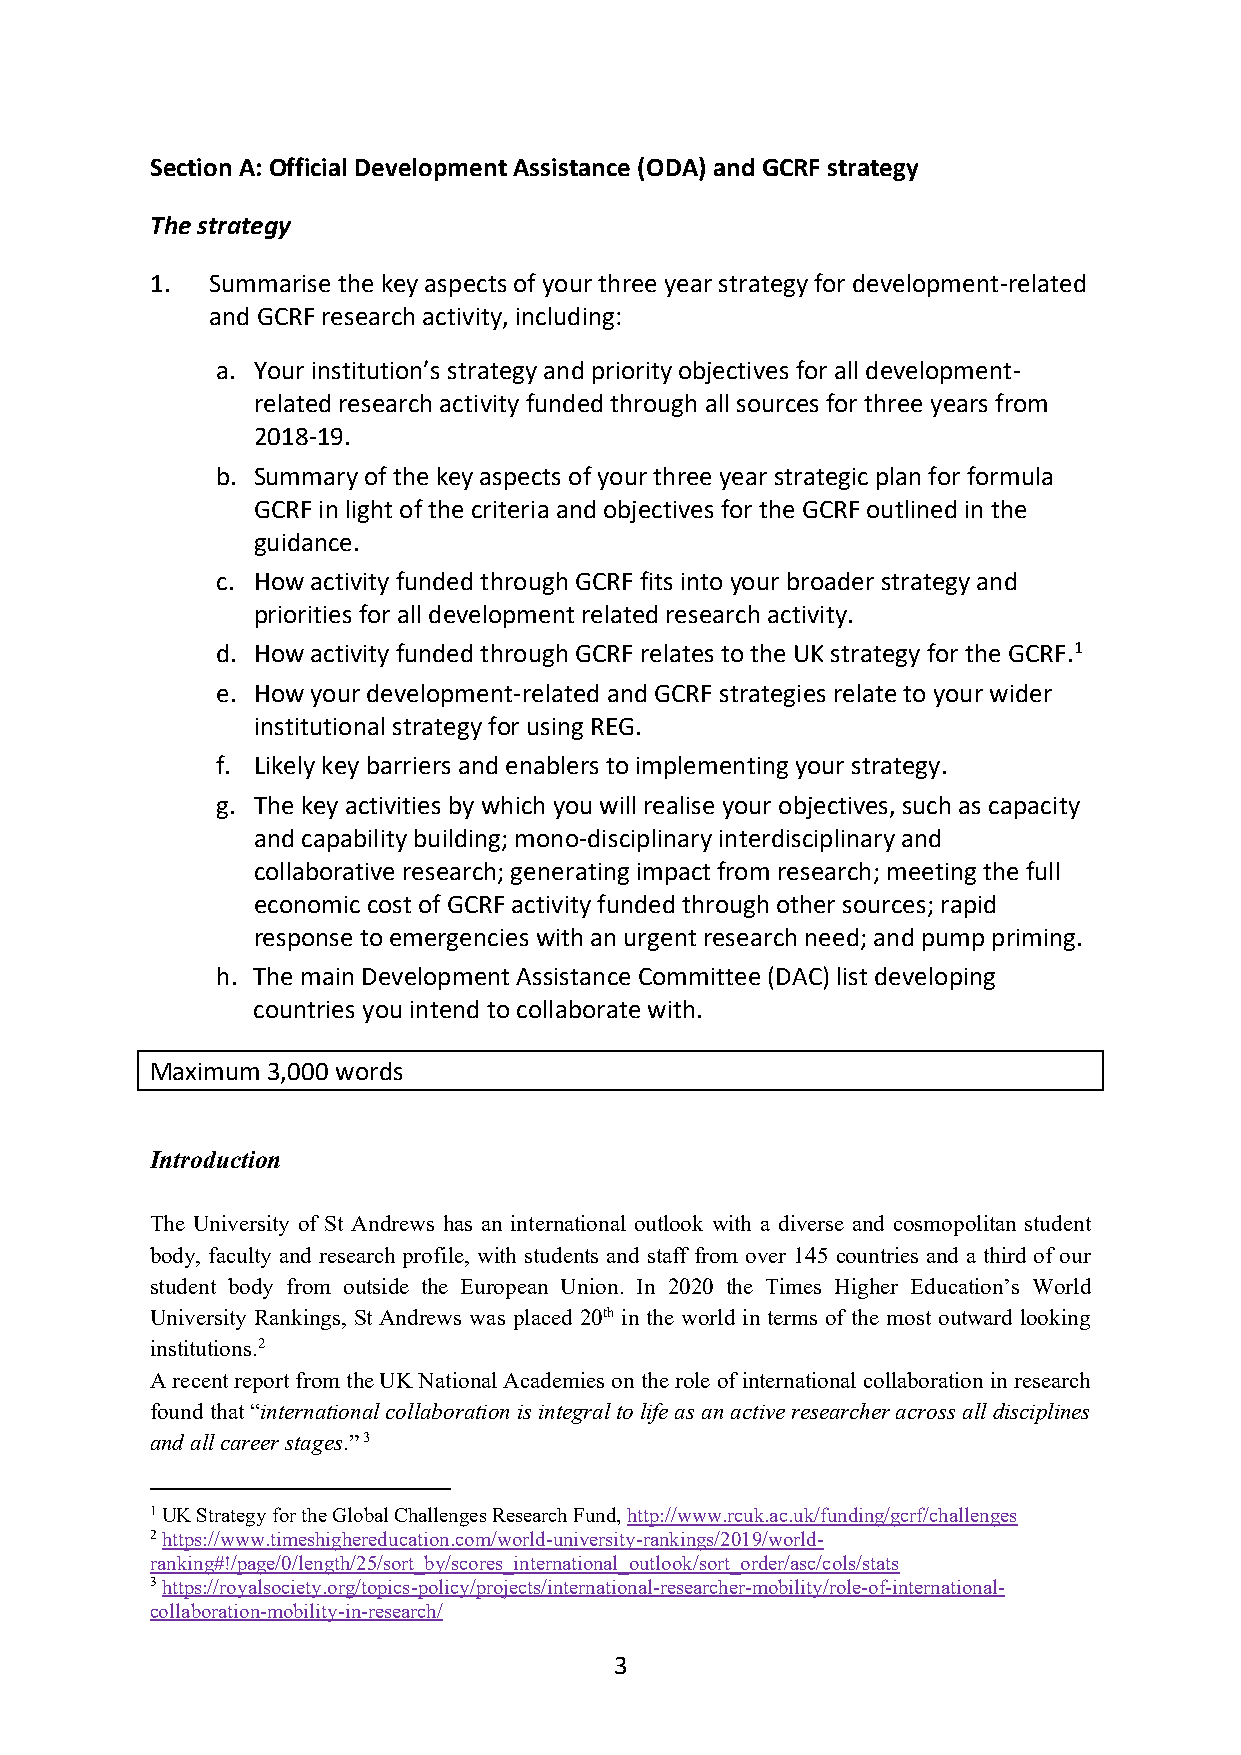
Section A: Official Development Assistance (ODA) and GCRF strategy
 The strategy
 1.  Summarise the key aspects of your three year strategy for development-related
 and GCRF research activity, including:
 a. Your institution’s strategy and priority objectives for all development-
 related research activity funded through all sources for three years from
 2018-19.
 b. Summary of the key aspects of your three year strategic plan for formula
 GCRF in light of the criteria and objectives for the GCRF outlined in the
 guidance.
 c. How activity funded through GCRF fits into your broader strategy and
 priorities for all development related research activity.
 d. How activity funded through GCRF relates to the UK strategy for the GCRF.1
 e. How your development-related and GCRF strategies relate to your wider
 institutional strategy for using REG.
 f. Likely key barriers and enablers to implementing your strategy.
 g. The key activities by which you will realise your objectives, such as capacity
 and capability building; mono-disciplinary interdisciplinary and
 collaborative research; generating impact from research; meeting the full
 economic cost of GCRF activity funded through other sources; rapid
 response to emergencies with an urgent research need; and pump priming.
 h. The main Development Assistance Committee (DAC) list developing
 countries you intend to collaborate with.
 Maximum 3,000 words
 Introduction
 The University of St Andrews has an international outlook with a diverse and cosmopolitan student
 body, faculty and research profile, with students and staff from over 145 countries and a third of our
 student body from outside the European Union. In 2020 the Times Higher Education’s World
 University Rankings, St Andrews was placed 20th in the world in terms of the most outward looking
 institutions.2
 A recent report from the UK National Academies on the role of international collaboration in research
 found that “international collaboration is integral to life as an active researcher across all disciplines
 and all career stages.” 3
 1 UK Strategy for the Global Challenges Research Fund, http://www.rcuk.ac.uk/funding/gcrf/challenges
 2 https://www.timeshighereducation.com/world-university-rankings/2019/world-
 ranking#!/page/0/length/25/sort_by/scores_international_outlook/sort_order/asc/cols/stats
 3 https://royalsociety.org/topics-policy/projects/international-researcher-mobility/role-of-international-
 collaboration-mobility-in-research/
 3